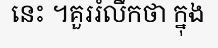
នេះ ។គួររំលឹកថា ក្នុង